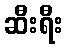
ဆီးရီး